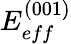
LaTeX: E_{eff}^{(001)}